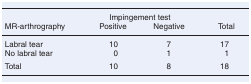
|  | <COLSPAN=2> Impingement test |  |
 | MR-arthrography | Positive | Negative | Total |
 | --- | --- | --- | --- |
 | Labral tear | 10 | 7 | 17 |
 | No labral tear | 0 | 1 | 1 |
 | Total | 10 | 8 | 18 |